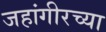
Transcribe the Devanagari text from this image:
जहांगीरच्या